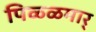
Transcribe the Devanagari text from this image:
पिळ्ळमार्